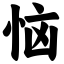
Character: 恼